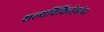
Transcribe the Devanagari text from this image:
शल्यचिकित्सेबरोबर